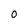
Character: O